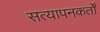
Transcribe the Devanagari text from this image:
सत्यापनकर्तों